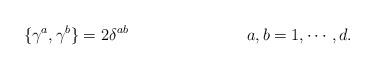
LaTeX: \begin{align*}\{\gamma^{a},\gamma^{b}\}=2\delta^{ab} \hspace{3cm} a,b=1, \cdots ,d.\end{align*}